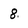
Character: 8